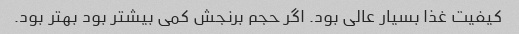
کیفیت غذا بسیار عالی بود. اگر حجم برنجش کمی بیشتر بود بهتر بود.